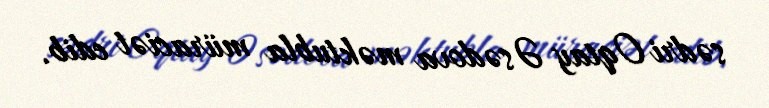
sədri Oqtay Əsədova məktubla müraciət edib.